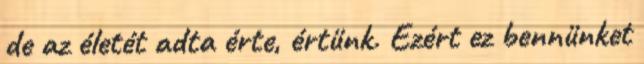
de az életét adta érte, értünk. Ezért ez bennünket